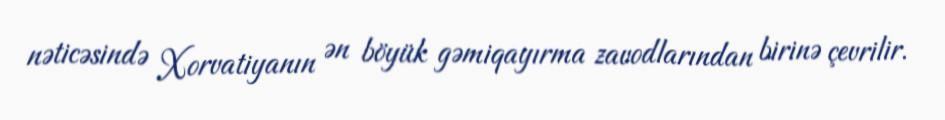
nəticəsində Xorvatiyanın ən böyük gəmiqayırma zavodlarından birinə çevrilir.